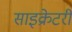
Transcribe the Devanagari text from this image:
साइक्रेटरी